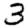
Digit: 3